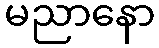
မညာနော